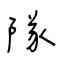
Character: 隊